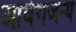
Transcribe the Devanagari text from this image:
आवेगजन्य